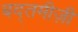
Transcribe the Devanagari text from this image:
बद्तमीज़ी